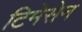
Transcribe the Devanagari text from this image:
टिमेसेन